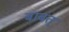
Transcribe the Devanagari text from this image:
बाबत्